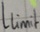
Text: Llimit